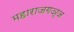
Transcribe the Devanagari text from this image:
महाराजगञ्ज